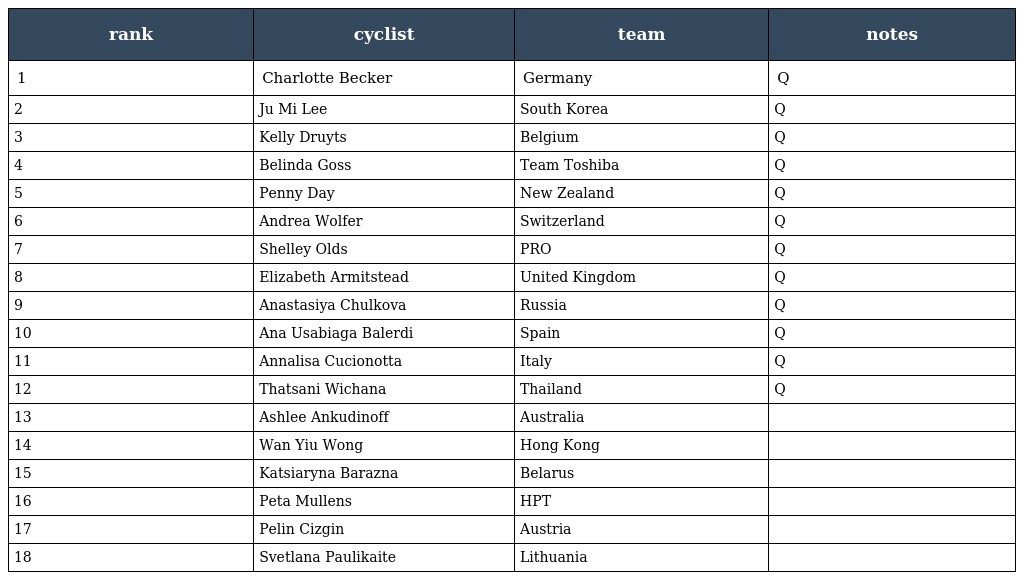
| rank | cyclist | team | notes |
 | --- | --- | --- | --- |
 | 1 | Charlotte Becker | Germany | Q |
 | 2 | Ju Mi Lee | South Korea | Q |
 | 3 | Kelly Druyts | Belgium | Q |
 | 4 | Belinda Goss | Team Toshiba | Q |
 | 5 | Penny Day | New Zealand | Q |
 | 6 | Andrea Wolfer | Switzerland | Q |
 | 7 | Shelley Olds | PRO | Q |
 | 8 | Elizabeth Armitstead | United Kingdom | Q |
 | 9 | Anastasiya Chulkova | Russia | Q |
 | 10 | Ana Usabiaga Balerdi | Spain | Q |
 | 11 | Annalisa Cucionotta | Italy | Q |
 | 12 | Thatsani Wichana | Thailand | Q |
 | 13 | Ashlee Ankudinoff | Australia |  |
 | 14 | Wan Yiu Wong | Hong Kong |  |
 | 15 | Katsiaryna Barazna | Belarus |  |
 | 16 | Peta Mullens | HPT |  |
 | 17 | Pelin Cizgin | Austria |  |
 | 18 | Svetlana Paulikaite | Lithuania |  |